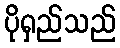
ပိုရှည်သည်